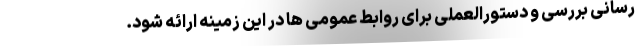
رسانی بررسی و دستورالعملی برای روابط عمومی ها در این زمینه ارائه شود.